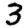
Digit: 3